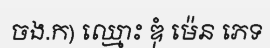
ចង.ក) ឈ្មោះ ឌុំ ម៉េន ភេទ